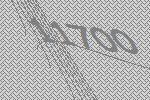
11700